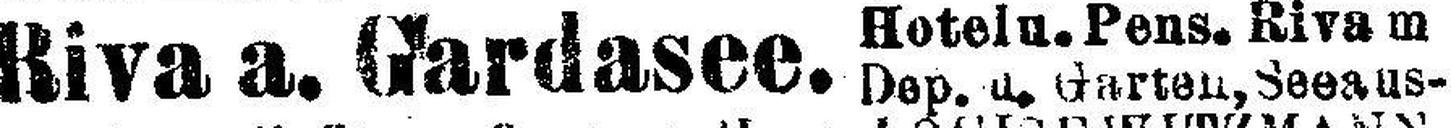
Hotel u. Pens. Riva m